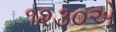
૧૨૩૦એ